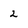
Character: 2